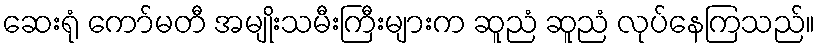
ဆေးရုံ ကော်မတီ အမျိုးသမီးကြီးများက ဆူညံ ဆူညံ လုပ်နေကြသည်။